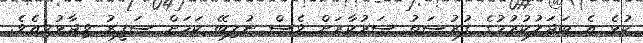
ކުޅެ އެ ބަދަލުކުރުމުގެ ފުރުސަތު ސަރުކާރަށް ވެސް ނުލިބޭ ކަމަށް ސަފީރު ވިދާޅުވިއެވެ.